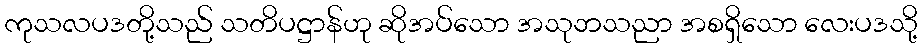
ကုသလပဒတို့သည် သတိပဋ္ဌာန်ဟု ဆိုအပ်သော အသုဘသညာ အစရှိသော လေးပဒသို့